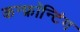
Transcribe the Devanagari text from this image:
कन्फ्रॉन्टिंग